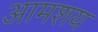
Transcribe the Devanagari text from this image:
आमशय